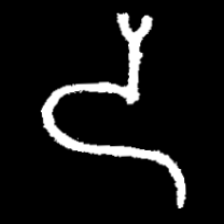
Pyu character \u2014 Myanmar letter: ဒ (romanized: da)